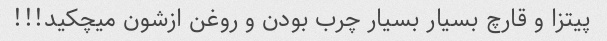
پیتزا و قارچ بسیار بسیار چرب بودن و روغن ازشون میچکید!!!